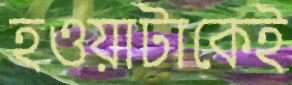
হওয়াটাকেই